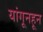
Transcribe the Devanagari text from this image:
यांगूनहून